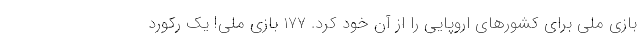
بازی ملی برای کشورهای اروپایی را از آن خود کرد. 177 بازی ملی! یک رکورد